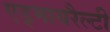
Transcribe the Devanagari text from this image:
एड्मायरैल्टी